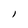
Character: l